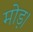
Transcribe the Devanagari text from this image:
मोड़।